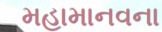
મહામાનવના